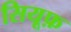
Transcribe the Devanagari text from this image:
सियूफ़